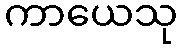
ကာယေသု